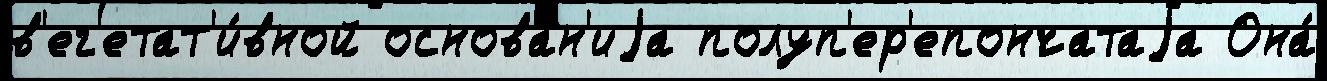
в'ег'етат'и́вной основа́н'иjа полуп'ер'епончатаjа Она́